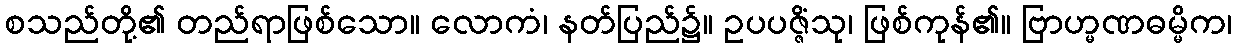
စသည်တို့၏ တည်ရာဖြစ်သော။ လောကံ၊ နတ်ပြည်၌။ ဥပပဇ္ဇိံသု၊ ဖြစ်ကုန်၏။ ဗြာဟ္မဏဓမ္မိက၊